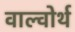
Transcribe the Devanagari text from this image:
वाल्वोर्थ